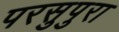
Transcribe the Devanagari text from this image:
परसुपुरा